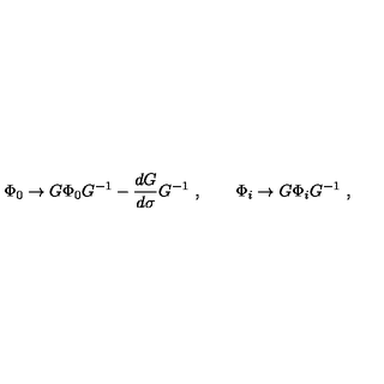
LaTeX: \Phi _ { 0 } \to G \Phi _ { 0 } G ^ { - 1 } - { \frac { d G } { d \sigma } } G ^ { - 1 } \ , \qquad \Phi _ { i } \to G \Phi _ { i } G ^ { - 1 } \ ,